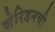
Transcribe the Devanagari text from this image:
शेरिडनची